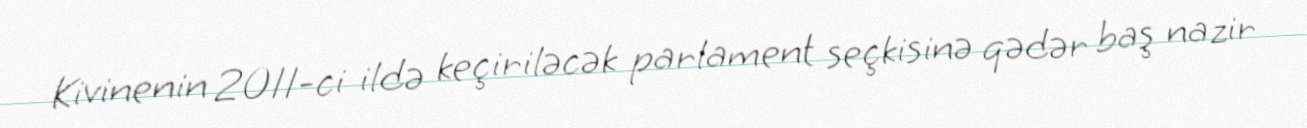
Kivinenin 2011-ci ildə keçiriləcək parlament seçkisinə qədər baş nazir